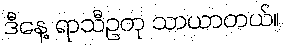
ဒီနေ့ ရာသီဥတု သာယာတယ်။